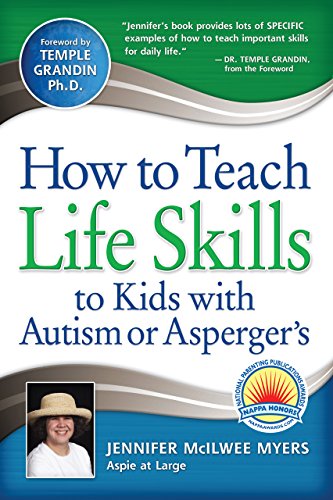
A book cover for How to Teach Life Skills to Kids with Autism or Asperger's; Jennifer McIlwee Myers; Education & Teaching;